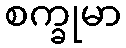
စက္ခုမာ